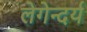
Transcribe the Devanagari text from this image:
लेगेन्दर्य